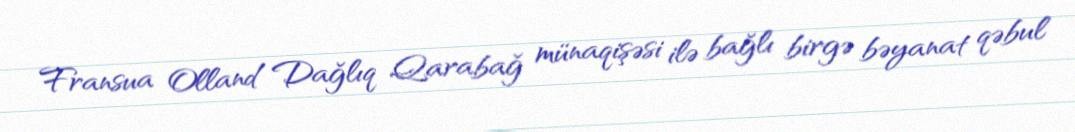
Fransua Olland Dağlıq Qarabağ münaqişəsi ilə bağlı birgə bəyanat qəbul